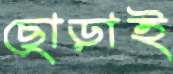
ছোড়াই